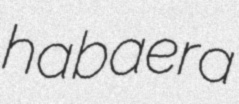
habaera